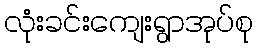
လုံးခင်းကျေးရွာအုပ်စု